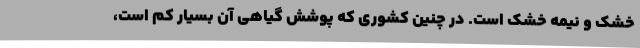
خشک و نیمه خشک است. در چنین کشوری که پوشش گیاهی آن بسیار کم است، ‌